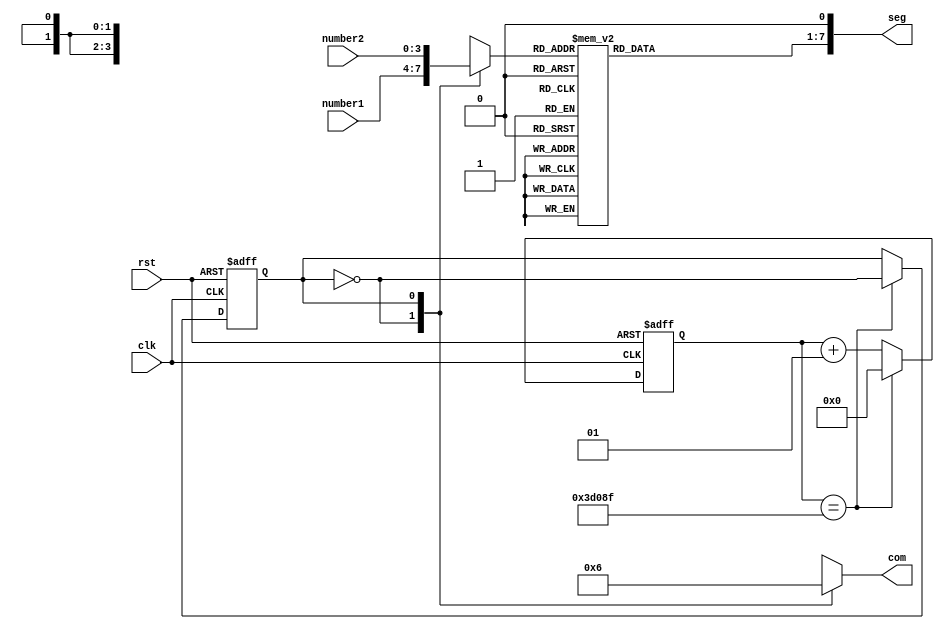
module Display_num(clk, rst, number1, number2, com, seg);
	input clk;
	input rst;
	input [3:0] number1;
	input [3:0] number2;
	output reg [1:0] com;
	output reg [7:0] seg;

	parameter update_interval = 50000000 / 200 - 1; // 50Hz
	
	reg [3:0] dat;
	reg sel = 1'b0;
	integer cnt;
	
	always @(posedge clk or negedge rst) begin
		if (!rst) begin
			cnt <= 0;
			sel <= 0;
		end
		else begin
			cnt <= cnt + 1;
			if (cnt == update_interval) begin
				cnt <= 0;
				sel <= ~sel;
			end
		end
	end
	
	always @(*) begin
		case (sel)
			1'b0: begin dat <= number1; com <= 2'b01; end
			1'b1: begin dat <= number2; com <= 2'b10; end
		endcase
	end
	
	always @(dat) begin
		seg[0] <= 1'b0;
		case (dat)
			4'h0: seg[7:1] <= 7'b1111110;
			4'h1: seg[7:1] <= 7'b0110000;
			4'h2: seg[7:1] <= 7'b1101101;
			4'h3: seg[7:1] <= 7'b1111001;
			4'h4: seg[7:1] <= 7'b0110011;
			4'h5: seg[7:1] <= 7'b1011011;
			4'h6: seg[7:1] <= 7'b1011111;
			4'h7: seg[7:1] <= 7'b1110000;
			4'h8: seg[7:1] <= 7'b1111111;
			4'h9: seg[7:1] <= 7'b1111011;
			4'hA: seg[7:1] <= 7'b1110111;
			4'hB: seg[7:1] <= 7'b0011111;
			4'hC: seg[7:1] <= 7'b1001110;
			4'hD: seg[7:1] <= 7'b0111101;
			4'hE: seg[7:1] <= 7'b1001111;
			4'hF: seg[7:1] <= 7'b1000111;
			default: seg[7:1] <= 7'b0000000;
		endcase
	end

endmodule